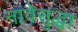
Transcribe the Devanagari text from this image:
नावेसुद्धा